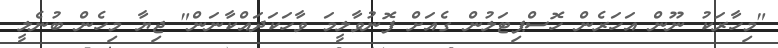
"މިހާރަކު ނޫން އަހަރެން ހޮސްޕިޓަލުން ގެއަށް ފޮނުވާލީމަ ވާހަކަދައްކާނަން" ޖިޔާ މިހެން ބުނެލީ